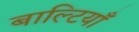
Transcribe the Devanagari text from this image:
बाल्टियाँ